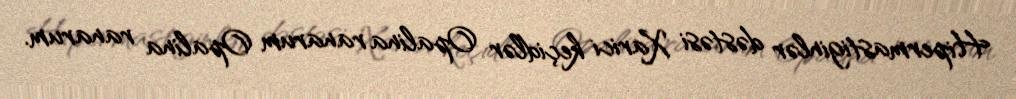
Hipermastiginlər dəstəsi Xarici keçidlər Opalina ranarum Opalina ranarum.